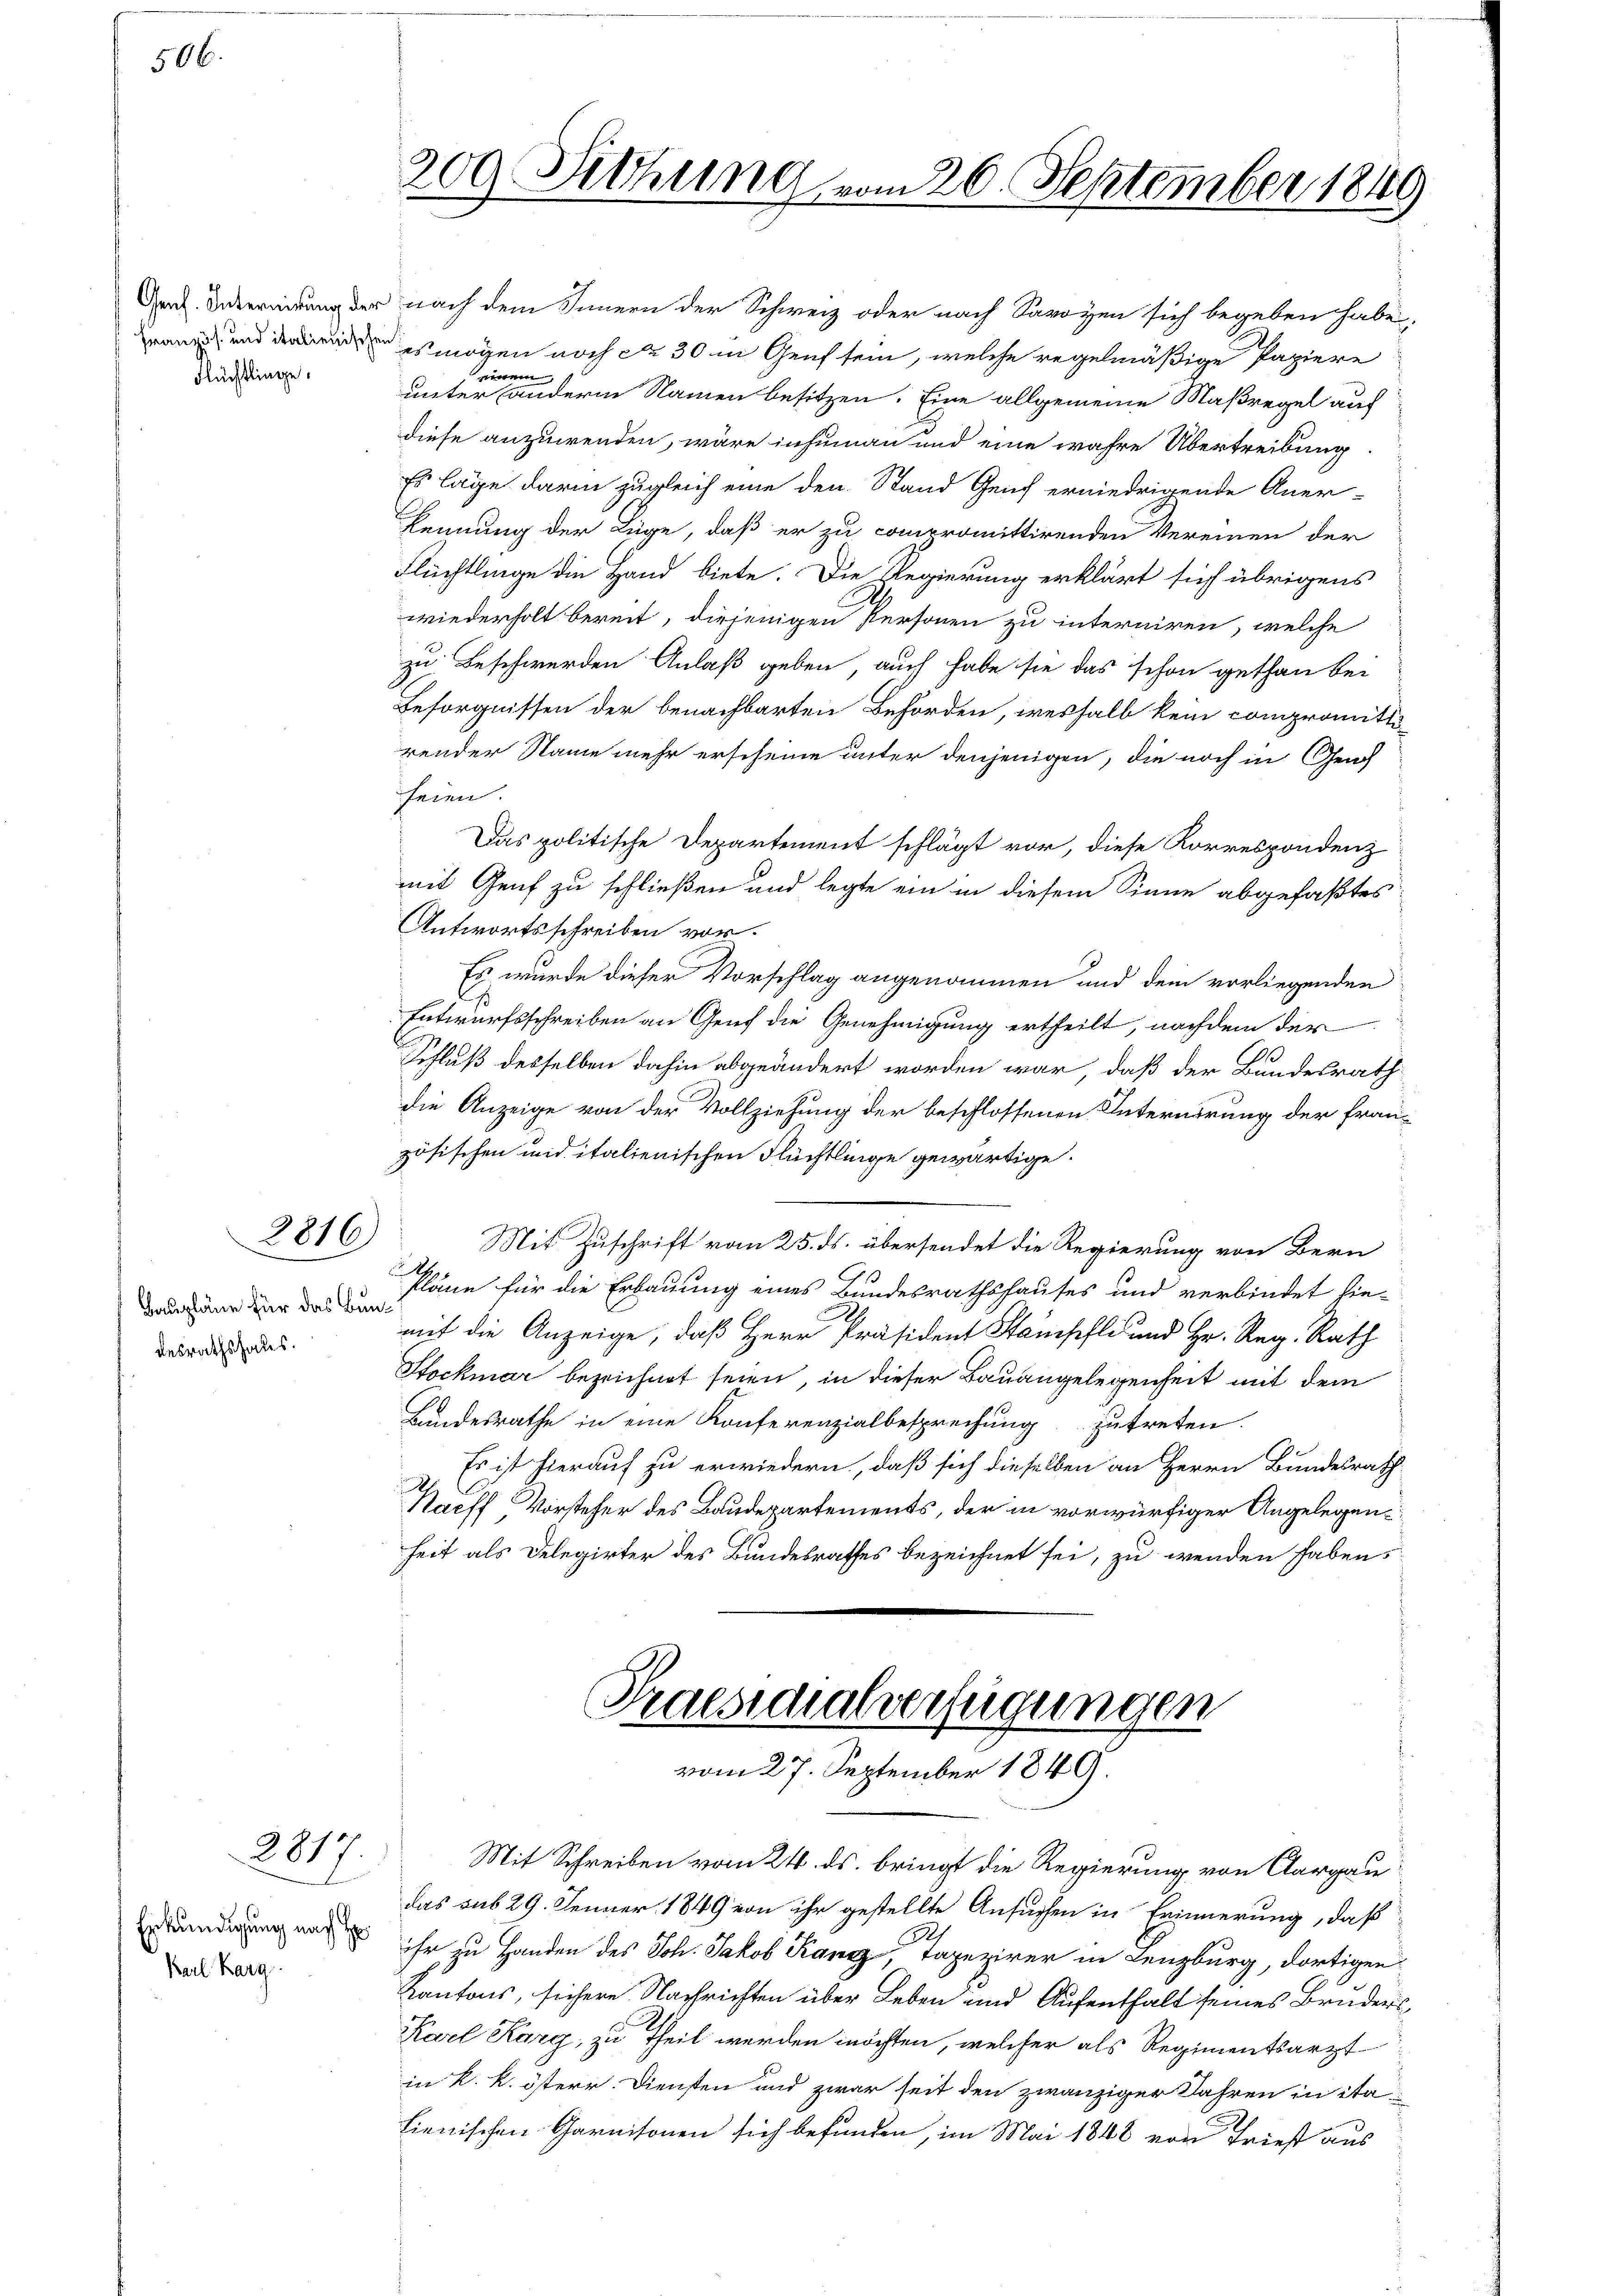
506.

Flüchtlinge.

desrathshaus.

2817.

Erkundigung nach E
Karl Karg.

209. Sitzung vom 20. September 1849

diese anzuwenden, wäre inhuman und eine wahre Übertreibung
Es lage darin zugleich eine den Stand Genf erniedrigende Aner-
kennung der Lüge, daß er zu compromittirenden Vereinen der
Flüchtlinge die Hand biete. Die Regierung erklärt sich übrigens
wiederholt bereit, diejenigen Personen zu interniren, welche
zu Beschwerden Anlaß geben, auch habe sie das schon gethan bei
Besorgnissen der benachbarten Behörden, weshalb kein compromitti
render Name mehr erscheine unter denjenigen, die noch in Grach
seien.
Das politische Departement schlägt vor, diese Korrespondenz
mit Genf zu schließen und legte ein in diesem Sinne abgefaßtes
Antwortsschreiben vor.
Es wurde dieser Vorschlag angenommen und dem vorliegenden
Entwurfsschreiben an Genf die Genehmigung ertheilt, nachdem der
Schluß desselben dahin abgeändert worden war, daß der Bundesrath
die Anzeige von der Vollziehung der beschlossenen Internirung der fran-
zösischen und italienischen Flüchtlinge gewärtige.
2816) Mit Zuschrift vom 25. ds. übersendet die Regierung von Bern
p
.
au dann der kann für die Erbauung eines Bundesrathshauses und verbindet hie-
mit die Anzeige, daß Herr Präsident Stampfli und Hr. Reg. Rath
Stockmar bezeichnet seien, in dieser Bauangelegenheit mit dem
Bundesrathe in eine Konferenzialbesprechung zutreten.
Es ist hierauf zu erwiedern, daß sich dieselben an Herrn Bundesrath
Haeff Vorsteher des Baudepartements, der in vorwürfiger Angelegenheit als Delegirter des Bundesrathes bezeichnet sei, zu wenden haben,

Ged. Abereitung der nach dem Innern der Schweiz oder nach Savoyen sich begeben habe,
n es mögen noch de 30 in Genf sein, welche regelmäßige Papiere
inem
unter anderm Namen besitzen. Eine allgemeine Maßregel auf

Praesidialverfügungen
vom 27. September 1849.

Mit Schreiben vom 24. ds. bringt die Regierung von Aargau
das sub 29. Jenner 1849 von ihr gestellte Ansuchen in Erinnerung, daß
ihr zu Handen des Joh. Jakob Rang, Tapezirer in Lenzburg, dortigen
Kantons, sichere Nachrichten über Leben und Aufenthalt seines Bruders
Karl Karg, zu Theil werden möchten, welcher als Regimentsarzt
in K. k. österr Diensten und zwar seit den zwanziger Jahren in ita
hienischen Garnisonen sich befunden, im Mai 1848 von Triest aus